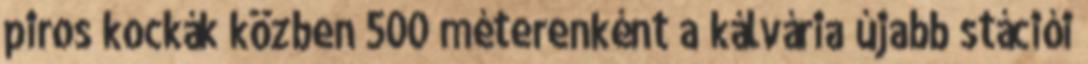
piros kockák közben 500 méterenként a kálvária újabb stációi